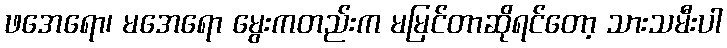
ဖအေရော၊ မအေရော မွေးကတည်းက မမြင်တာဆိုရင်တော့ သားသမီးပါ